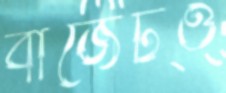
বাজেটও